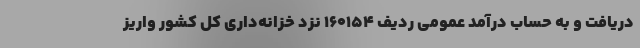
دریافت و به حساب درآمد عمومی ردیف ۱۶۰۱۵۴ نزد خزانه‌داری کل کشور واریز